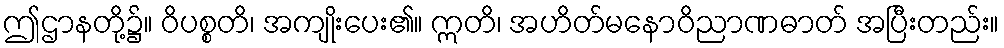
ဤဌာနတို့၌။ ဝိပစ္စတိ၊ အကျိုးပေး၏။ ဣတိ၊ အဟိတ်မနောဝိညာဏဓာတ် အပြီးတည်း။